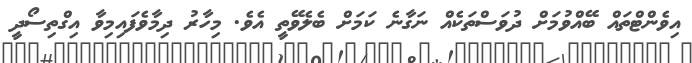
އިވެންޓްތައް ބޭއްވުމަށް ދުވަސްތަކެއް ނަގާނެ ކަމަށް ބެލެވޭތީ އެވެ. މިހާރު ދިމާވެފައިމިވާ އިގްތިސޯދީ